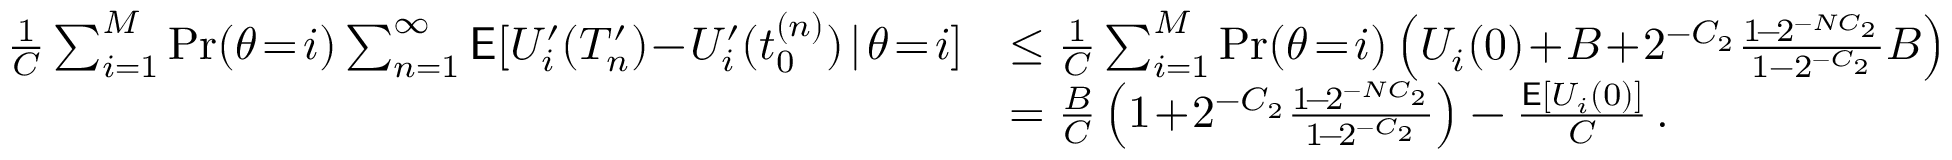
\begin{array} { r l r } { \frac { 1 } { C } \sum _ { i = 1 } ^ { M } \operatorname* { P r } ( \theta \! = \! i ) \sum _ { n = 1 } ^ { \infty } \mathsf { E } [ U _ { i } ^ { \prime } ( T _ { n } ^ { \prime } ) \! - \! U _ { i } ^ { \prime } ( t _ { 0 } ^ { ( n ) } ) \! \mid \! \theta \! = \! i ] } & { \le \frac { 1 } { C } \sum _ { i = 1 } ^ { M } \operatorname* { P r } ( \theta \! = \! i ) \left( U _ { i } ( 0 ) \! + \! B \! + \! 2 ^ { - C _ { 2 } } \frac { 1 \! - \! 2 ^ { - N C _ { 2 } } } { 1 - 2 ^ { - C _ { 2 } } } B \right) } & \\ & { = \frac { B } { C } \left( 1 \! + \! 2 ^ { - C _ { 2 } } \frac { 1 \! - \! 2 ^ { - N C _ { 2 } } } { 1 \! - \! 2 ^ { - C _ { 2 } } } \right) - \frac { \mathsf { E } [ U _ { i } ( 0 ) ] } { C } \, . } & \end{array}